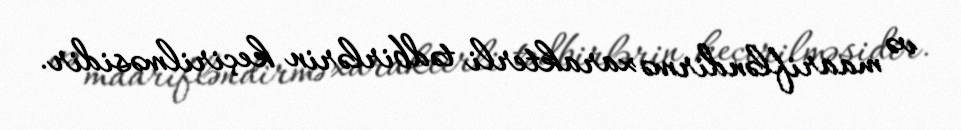
və maarifləndirmə xarakterli tədbirlərin keçirilməsidir.